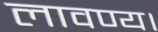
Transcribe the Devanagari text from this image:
लावण्य।